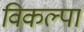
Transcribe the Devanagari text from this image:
विकल्पा